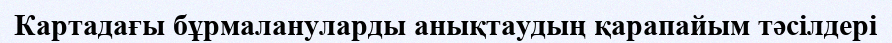
Картадағы бұрмалануларды анықтаудың қарапайым тәсілдері